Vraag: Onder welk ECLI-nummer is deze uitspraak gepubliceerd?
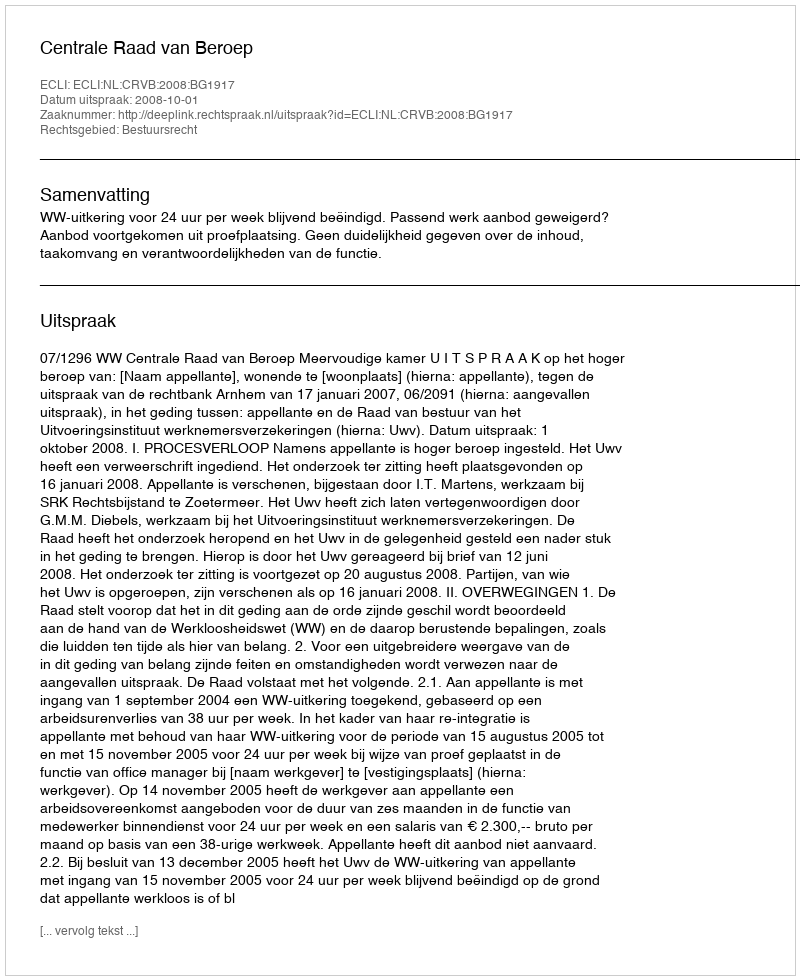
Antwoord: ECLI:NL:CRVB:2008:BG1917